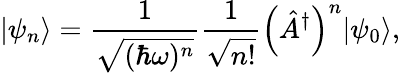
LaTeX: |\psi_{n}\rangle=\frac{1}{\sqrt{(\hbar\omega)^{n}}}\frac{1}{\sqrt{n!}}\left(\hat{A}^{\dagger}\right)^{n}|\psi_{0}\rangle,